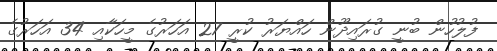
ފުލުހުން ބުނީ ގުރައިދޫން ހައްޔަރު ކުރީ 27 އަހަރުގެ މީހަކާއި 34 އަހަރުގެ